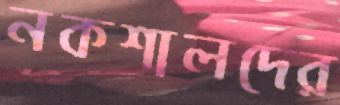
নকশালদের